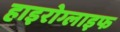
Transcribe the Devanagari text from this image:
हाइरोग्लाइफ